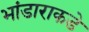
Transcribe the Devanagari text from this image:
भांडाराकडे